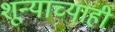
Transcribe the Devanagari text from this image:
शून्याच्याही